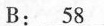
B:\underline{58}